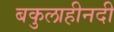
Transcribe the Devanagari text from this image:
बकुलाहीनदी